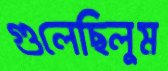
গুলেছিলুম